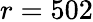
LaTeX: r=502